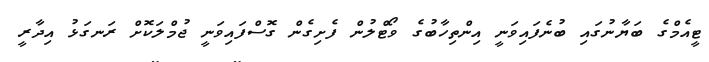
ޓީއެމްގެ ބަޔާނުގައި ބުނެފައިވަނީ އިންތިހާބުގެ ވޯޓްލުން ފެށިގެން ގޮސްފައިވަނީ ޖުމްލަކޮށް ރަނގަޅު އިދާރީ